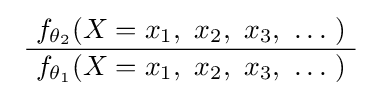
\ {\frac {f_{\theta _{2}}(X=x_{1},\ x_{2},\ x_{3},\ \ldots \ )}{\ f_{\theta _{1}}(X=x_{1},\ x_{2},\ x_{3},\ \ldots \ )\ }}\